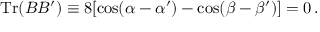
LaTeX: \mathrm { T r } ( B B ^ { \prime } ) \equiv 8 [ \cos ( \alpha - \alpha ^ { \prime } ) - \cos ( \beta - \beta ^ { \prime } ) ] = 0 \, .